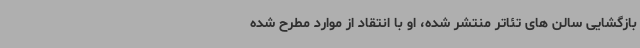
بازگشایی سالن های تئاتر منتشر شده، او با انتقاد از موارد مطرح شده